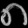
Digit: ၈